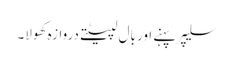
سلیپر پہنے اور بال لپیٹتے دروازہ کھولا۔